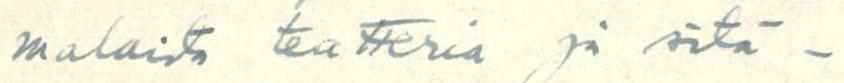
malaista teatteria ja sitä-